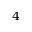
4